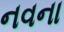
નવના